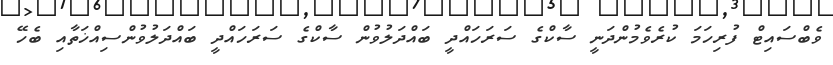
ވެބްސައިޓް ފުރިހަމަ ކުރެވެމުންދަނީ ސާކްގެ ސަރަހައްދީ ބައްދަލުވުން ސާކްގެ ސަރަހައްދީ ބައްދަލުވުންސިއްޚަތާއި ބެހޭ